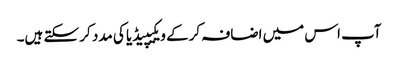
آپ اس میں اضافہ کرکے ویکیپیڈیا کی مدد کر سکتے ہیں۔